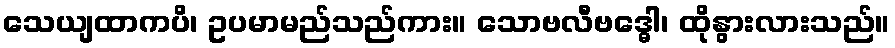
သေယျထာကပိ၊ ဥပမာမည်သည်ကား။ သောဗလီဗဒ္ဓေါ၊ ထိုနွားလားသည်။